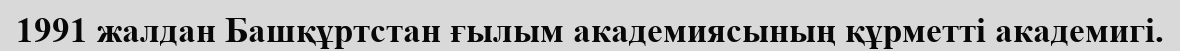
1991 жалдан Башқұртстан ғылым академиясының құрметті академигі.